Annual vaccination report of Bihar and Orissa - 1911-1928
Year: 1911
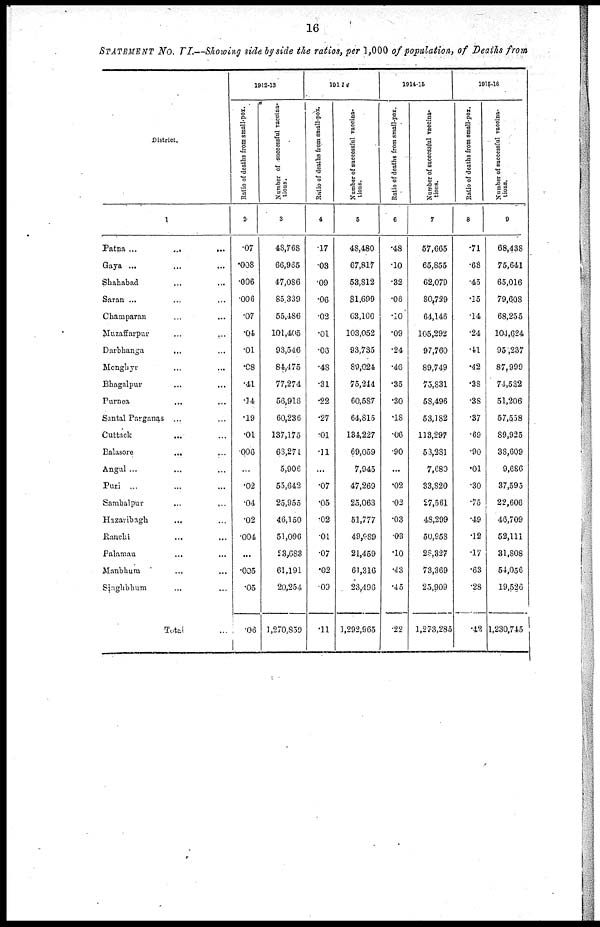
16
STATEMENT No. VI.—Showing side by side the ratios, per 1,000 of population, of Deaths from
District.
1
Patna
...
...
...
Gaya ... ... ...
Shahabad ... ... ...
Saran ... ... ...
Champaran ... ... ...
Muzaffarpur ... ... ...
Darbhanga ... ...
Monghyr
...
...
Bhagalpur ... ... ...
Purnea ... ... ...
Santal Parganas ... ... ...
Cuttack
...
...
Balasore
...
...
Angul ... ... ...
Puri ... ... ...
Sambalpur
...
...
...
Hazaribagh ... ...
Ranchi ... ... ...
Palamau
...
...
Manbhum ... ... ...
Singhbhum ... ...
Total ...
1912-13
Ratio of deaths from small-pox.
2
.07
.008
.006
.006
.07
.04
.01
.08
.41
.14
.19
.01
.006
...
.02
.04
.02
.004
...
.005
.05
.06
Number of successful vaccina-
tions.
3
48,768
66,965
47,086
85,339
55,486
101,405
93,546
84,475
77,274
56,916
60,236
137,175
68,271
5,906
55,642
25,955
46,150
51,096
23,683
61,191
20,254
1,270,859
1913-14
Ratio of deaths from small-pox.
4
.17
.03
.09
.06
.02
.01
.06
.48
.31
.22
.27
.01
.11
...
.07
.05
.02
.01
.07
.02
.09
.11
Number of successful vaccina-
tions.
5
48,480
67,817
53,812
81,699
63,100
103,052
93,735
89,024
75,244
60,587
64,815
134,227
69,059
7,945
47,269
25,063
51,777
49,989
21,459
61,316
23,496
1,292,965
1914-15
Ratio of deaths from small-pox.
6
.48
.10
.32
.06
.10
.09
.24
.46
.35
.30
.18
.06
.90
...
.02
.03
.03
.03
.10
.43
.45
.22
Number of successful vaccina-
tions.
7
57,665
65,855
62,079
80,739
64,146
105,292
97,760
89,749
75,831
58,496
53,182
113,297
53,281
7,680
33,820
27,561
48,299
50,958
28,327
73,369
25,909
1,273,285
1915-16
Ratio of deaths from small-pox.
8
.71
.68
.45
.15
.14
.24
.41
.42
.38
.38
.37
.69
.90
.01
.30
.75
.49
.12
.17
.63
.28
.42
Number of successful vaccina-
tions.
9
68,438
75,641
65,016
79,608
68,255
104,624
95,237
87,999
74,532
51,206
57,558
89,925
38,609
9,686
37,595
22,606
46,709
52,111
31,808
54,056
19,526
1,230,745